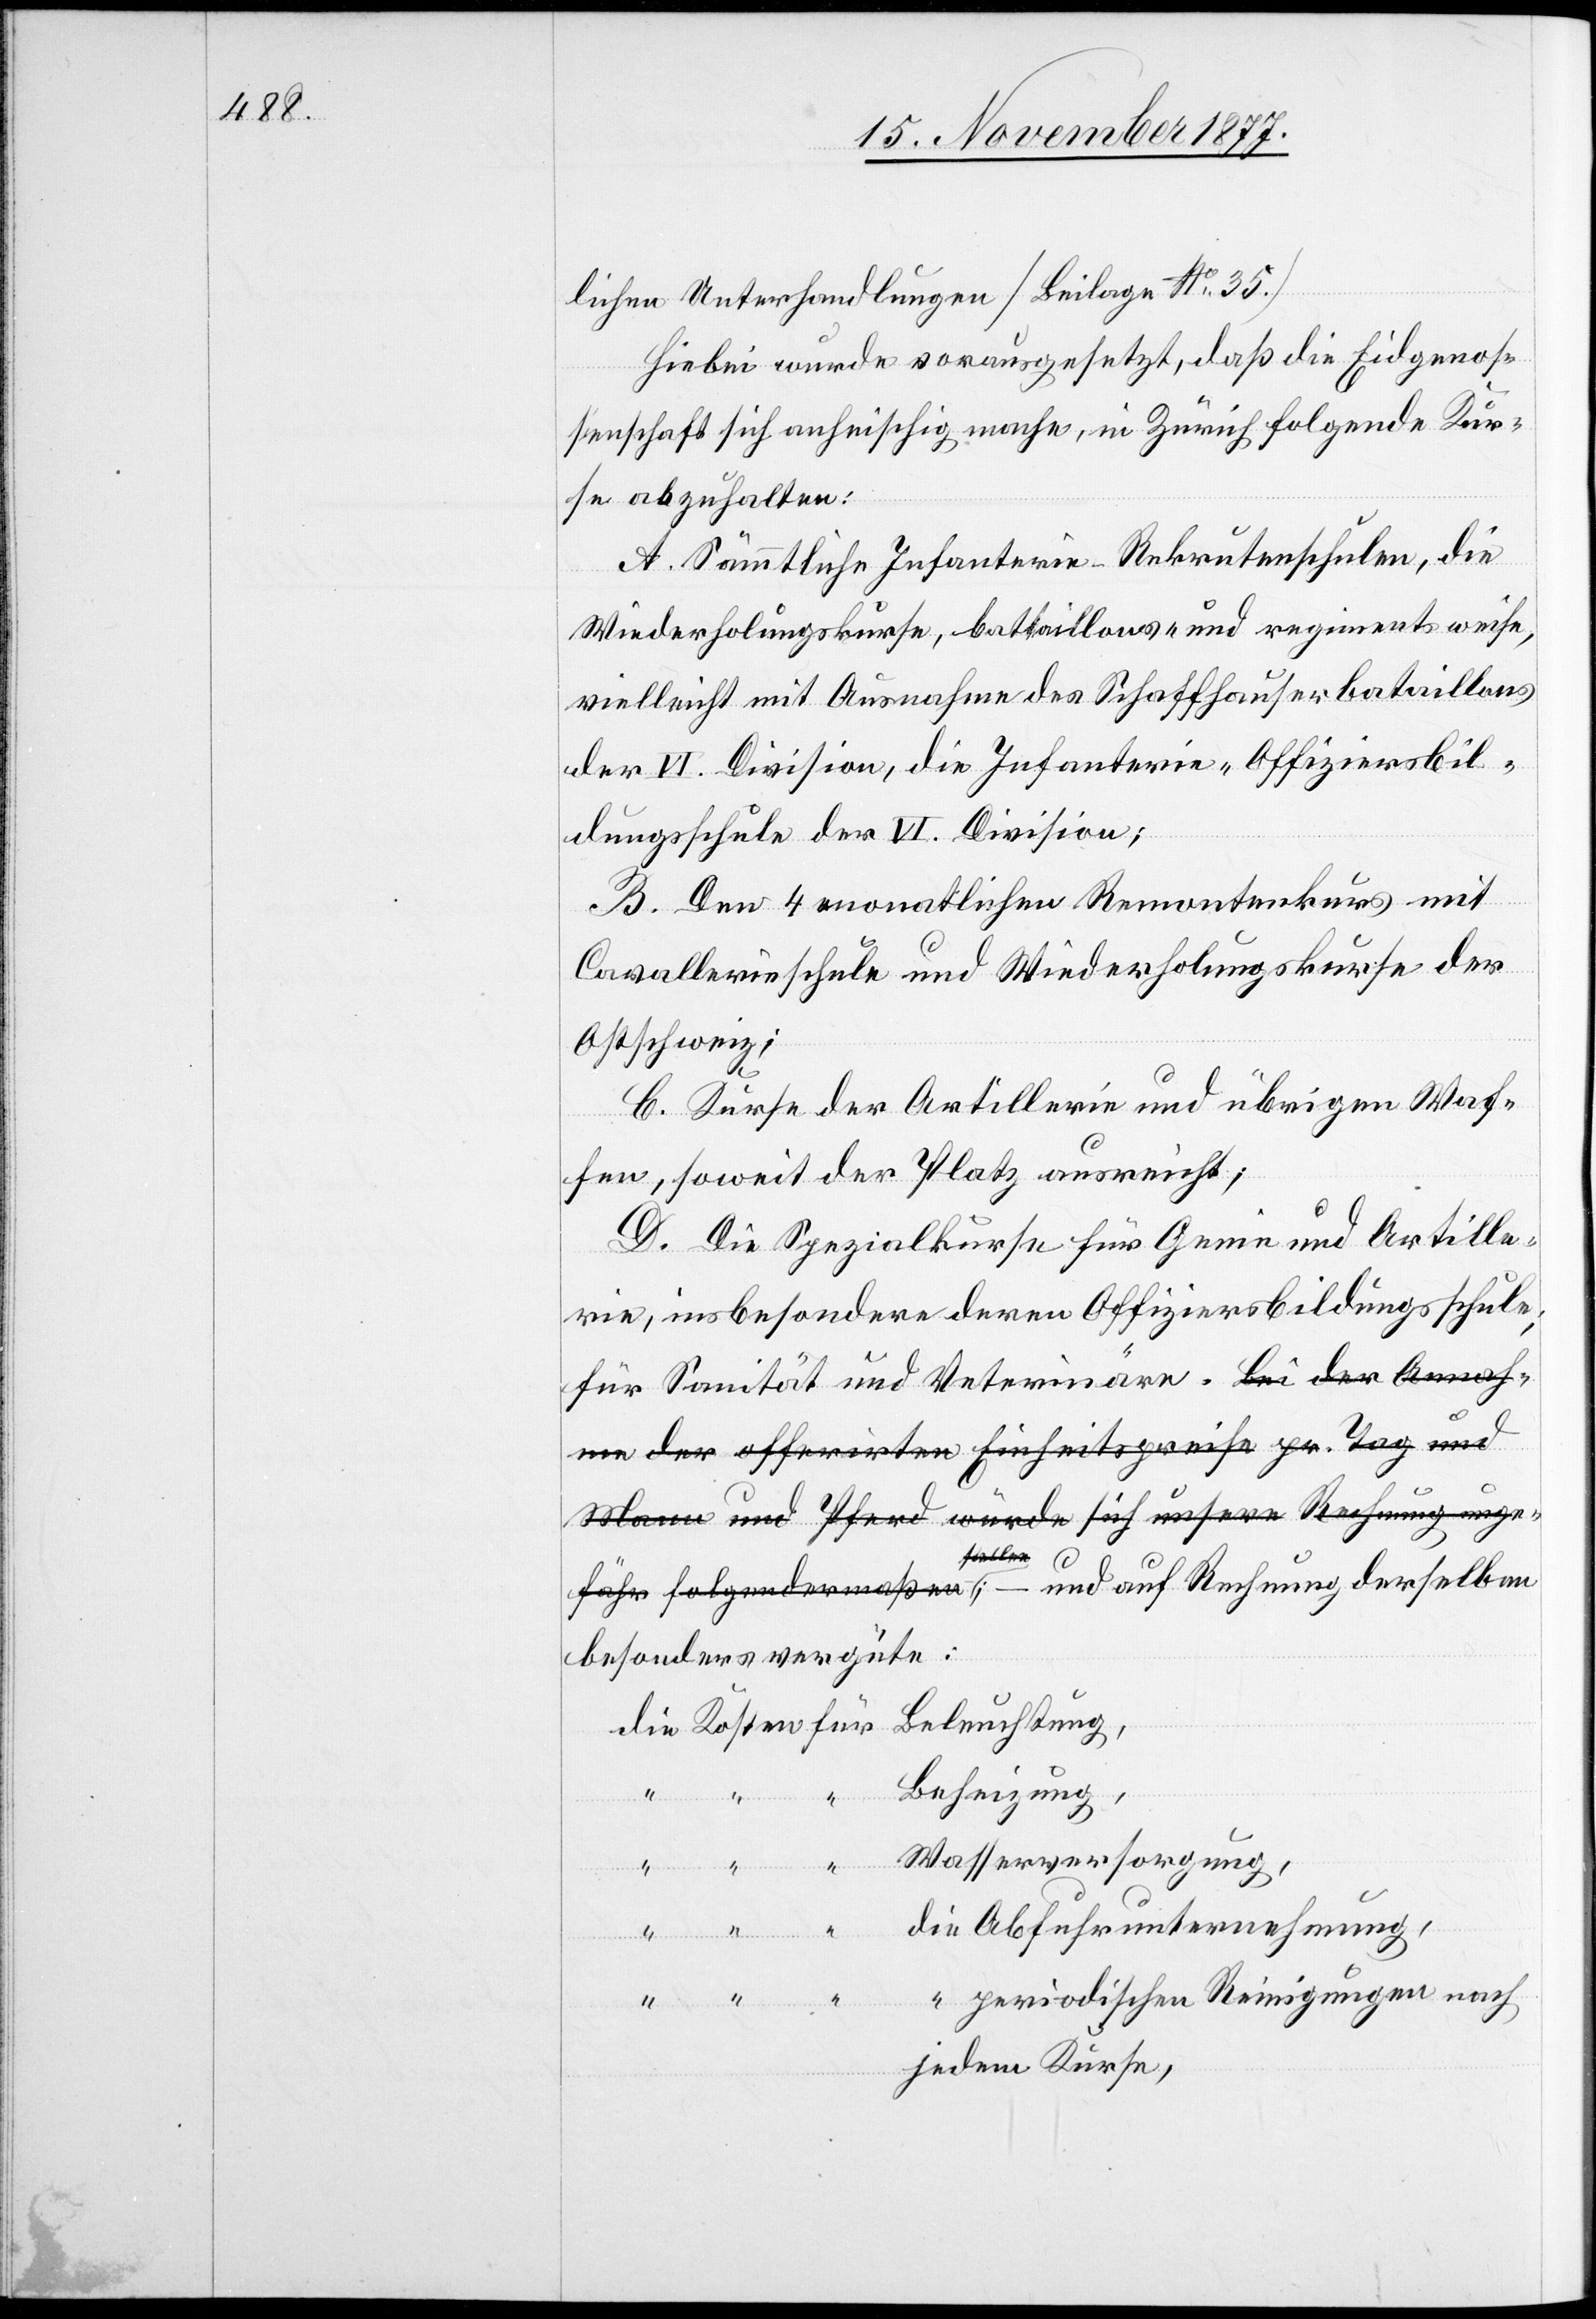
lichen Unterhandlungen [Beilage No 35.]
Hiebei wurde vorausgesetzt, daß die Eidgenos¬
perio¬
senschaft sich anheischig mache, in Zürich folgende Kur¬
se abzuhalten:
A. Sämmtliche Infanterie-Rekrutenschulen, die
Reinigungen
Wiederholungskurse, battaillons- und regimentsweise,
vielleicht mit Ausnahme des Schaffhauserbataillons
der VI. Division, die Infanterie-Offiziersbil¬
dungsschule der VI. Division;
B. Den 4 monatlichen Remontenkurs mit
Cavallerieschule und Wiederholungskurse der
Ostschweiz;
C. Kurse der Artillerie und übrigen Waf¬
fen, soweit der Platz ausreicht;
D. Die Spezialkurse für Genie und Artille¬
rie, insbesondere deren Offiziersbildungsschule;
für Sanität und Veterinäre. a-Bei der Annah¬
me der offerirten Einheitspreise pr. Tag und
Mann und Pferd würde sich unsere Rechnung unge¬
fähr folgendermaßen stellen-a; – und auf Rechnung derselben
besonders vergüte:
Beleuchtung,
die Kosten für
Beheizung,
jedem Kurse,